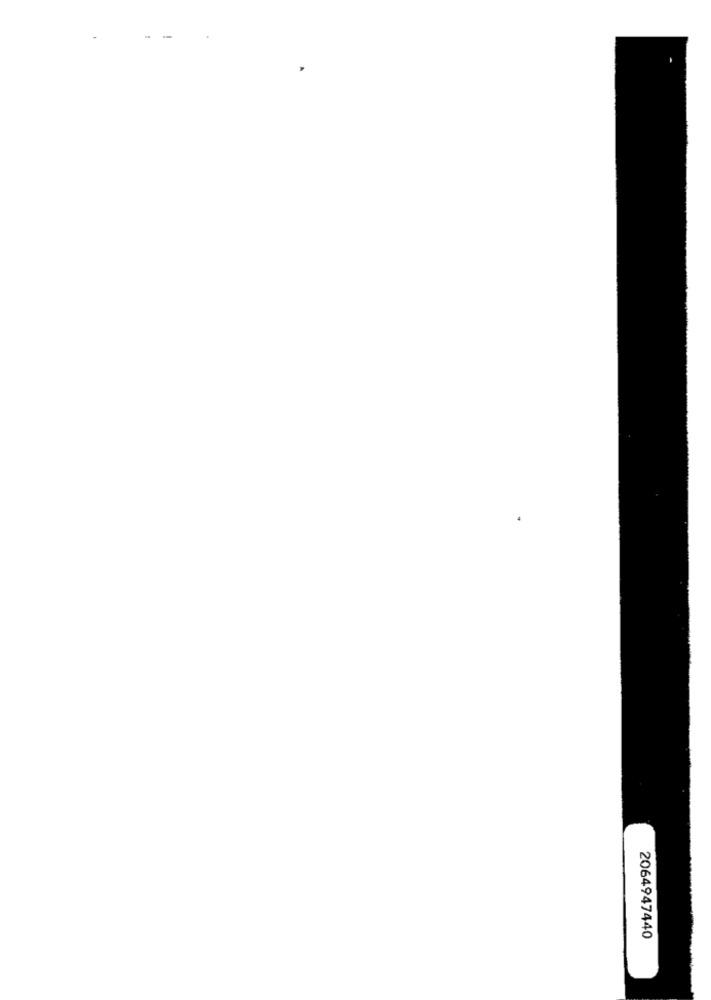
2064947440